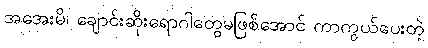
အအေးမိ၊ ချောင်းဆိုးရောဂါတွေမဖြစ်အောင် ကာကွယ်ပေးတဲ့